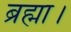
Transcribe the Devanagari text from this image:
ब्रह्मा।